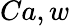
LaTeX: Ca,w